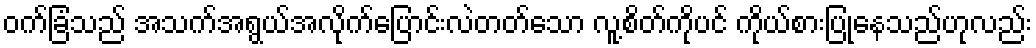
ဝက်ခြံသည် အသက်အရွယ်အလိုက်ပြောင်းလဲတတ်သော လူ့စိတ်ကိုပင် ကိုယ်စားပြုနေသည်ဟုလည်း